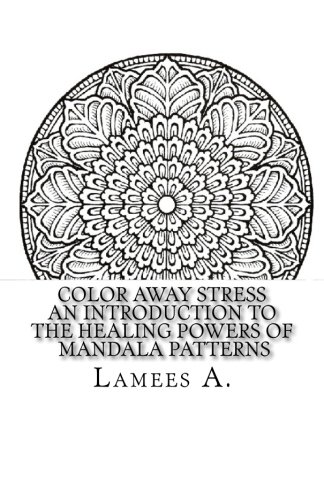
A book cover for Color Away Stress: An Introduction To The Healing Powers Of  Mandala Patterns (Adult Coloring Books); Lamees A.; Religion & Spirituality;